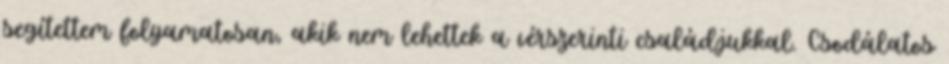
segítettem folyamatosan, akik nem lehettek a vérszerinti családjukkal. Csodálatos